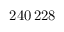
2 4 0 \, 2 2 8